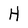
Character: H